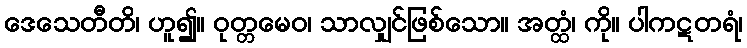
ဒေသေတီတိ၊ ဟူ၍။ ဝုတ္တမေဝ၊ သာလျှင်ဖြစ်သော။ အတ္ထံ၊ ကို။ ပါကဋတရံ၊